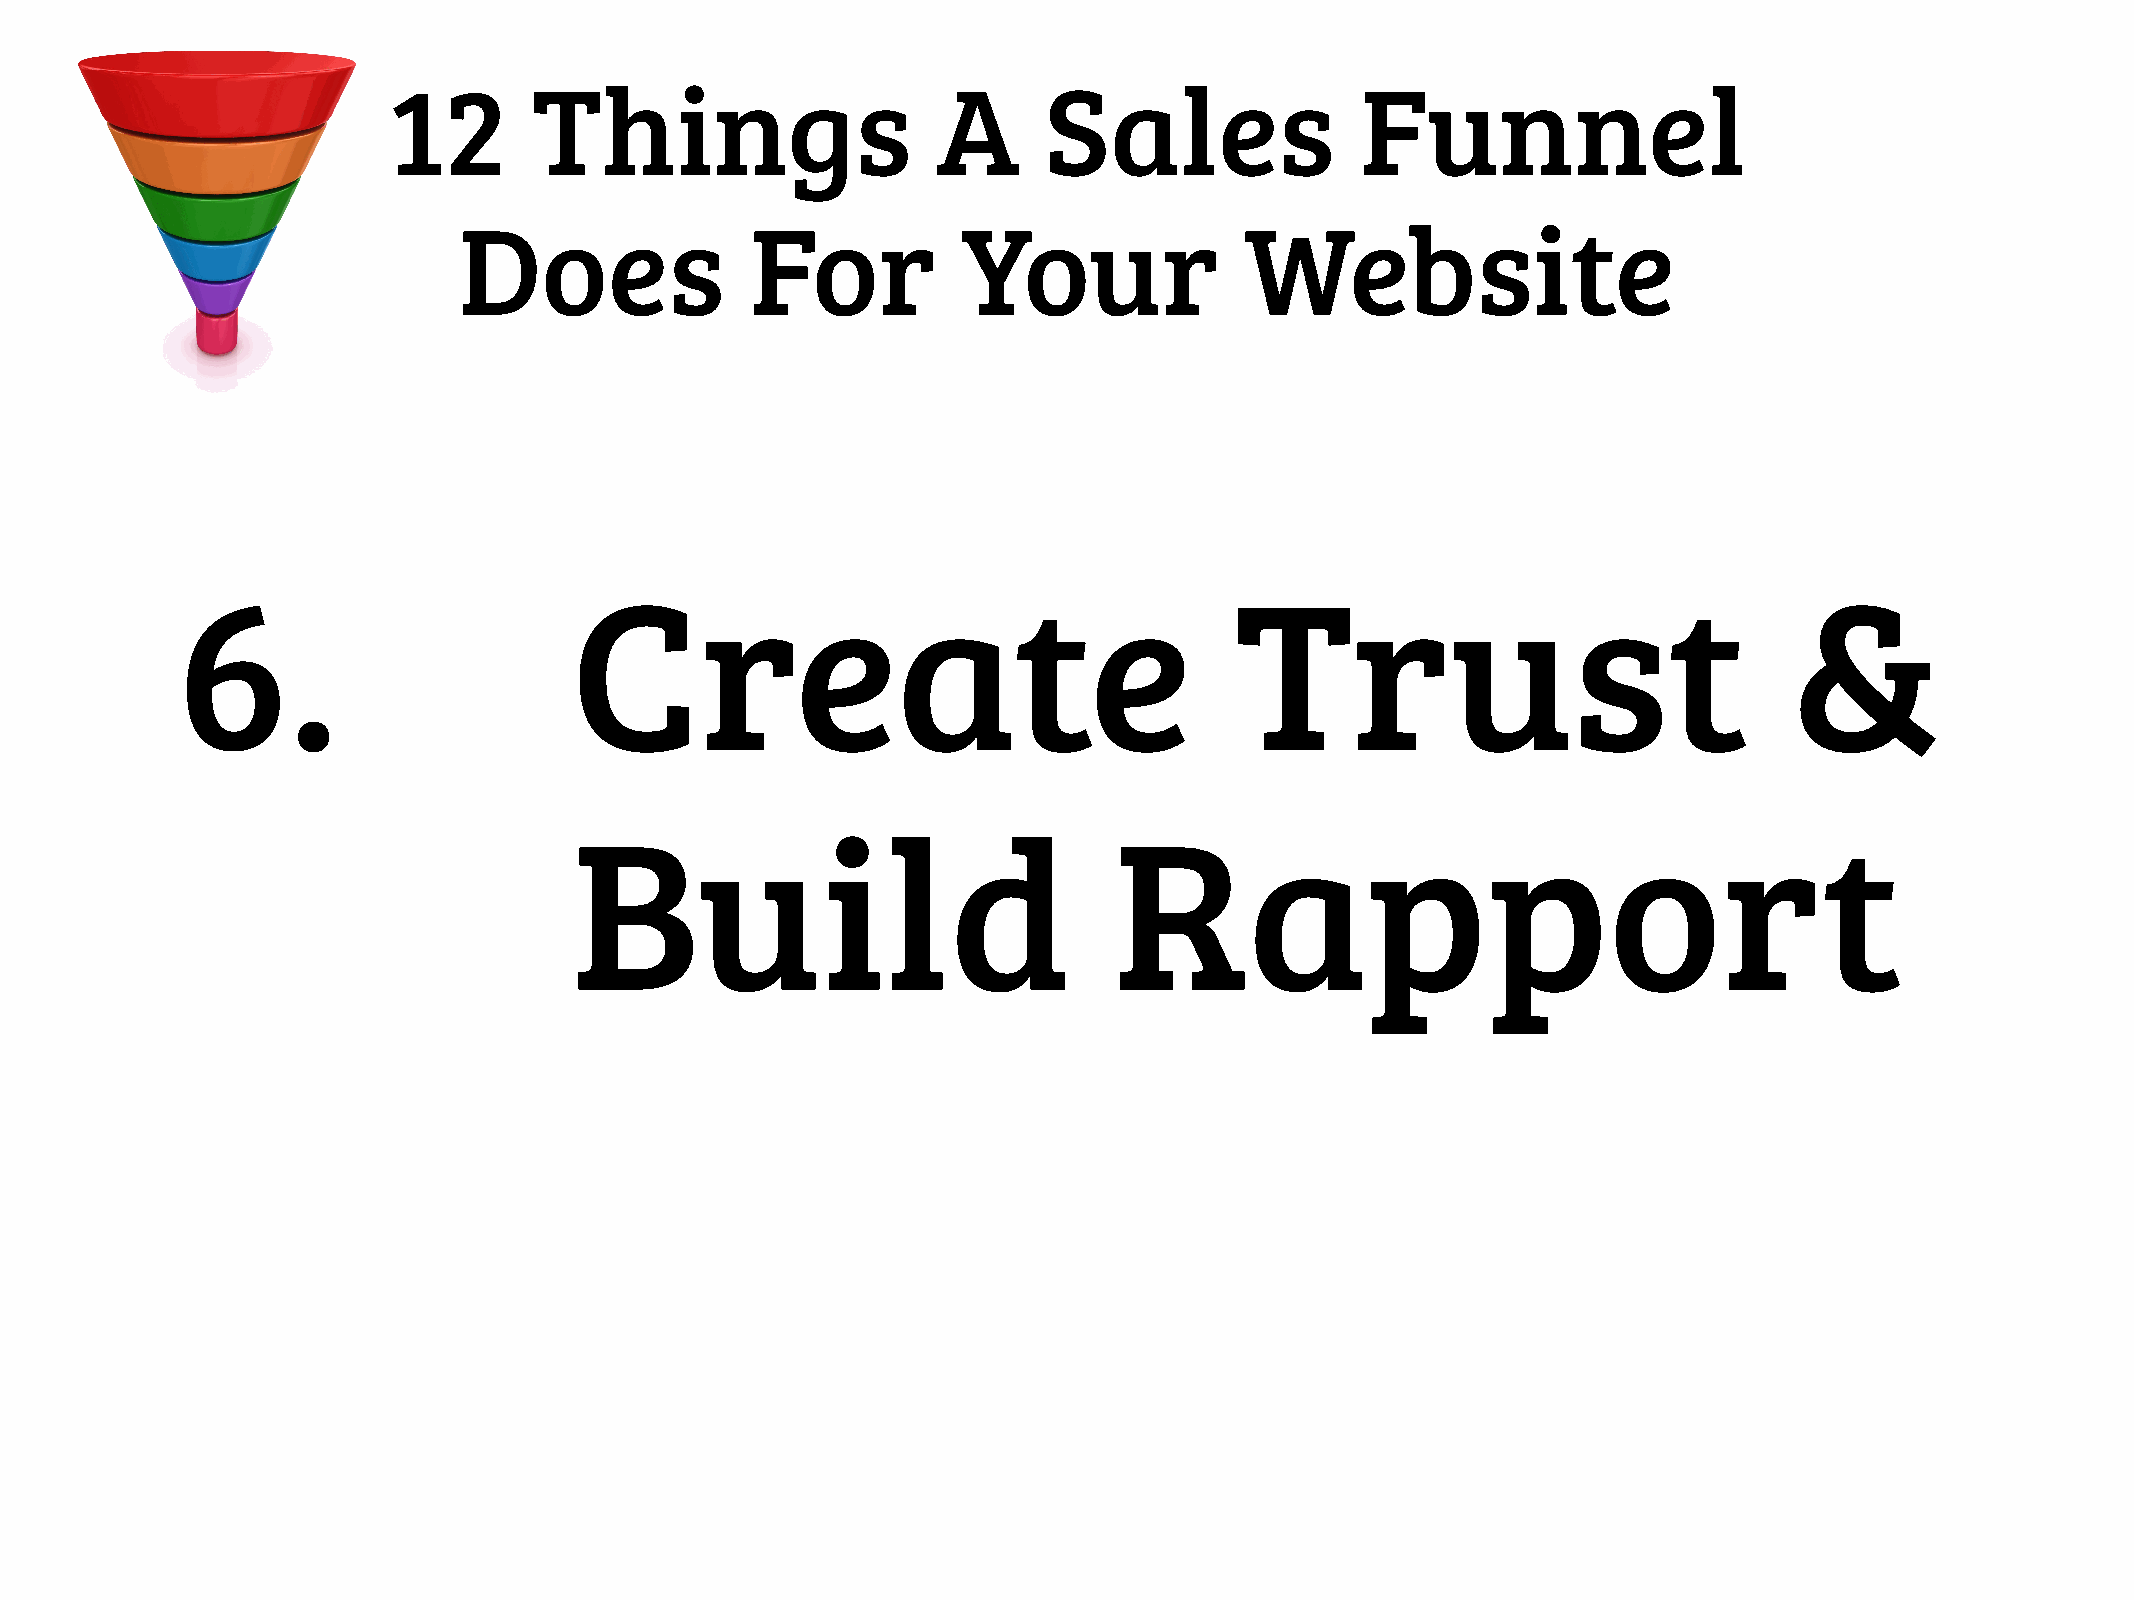
12       Things                     A      Sales                Funnel
 Does                For           Your              Website
 6.                        Create                                      Trust                               &
 Build                               Rapport